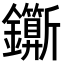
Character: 𨰉